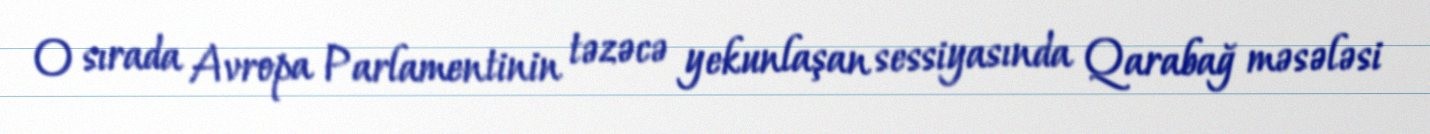
O sırada Avropa Parlamentinin təzəcə yekunlaşan sessiyasında Qarabağ məsələsi